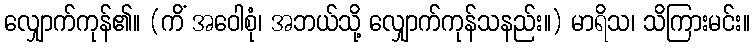
လျှောက်ကုန်၏။ (ကိံ အဝေါစုံ၊ အဘယ်သို့ လျှောက်ကုန်သနည်း။) မာရိသ၊ သိကြားမင်း။